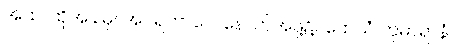
အထ၊ ထိုအခါမှ။ အပရဘာဂေ၊ နောက်အဖို့၌။ တေသံ ကုမာရာနံ၊